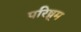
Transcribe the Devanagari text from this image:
परिष्र्म